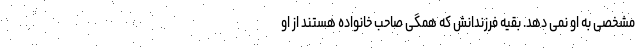
مشخصی به او نمی دهد. بقیه فرزندانش که همگی صاحب خانواده هستند از او